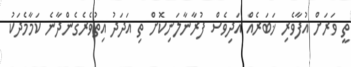
ތީ ވަރަށް އުފާވެރި ޚަބަރެއް އަދިވެސް ފުރާނާލަނިކޮށް ތި އަދަދު އިތުވެރެގެންދާނެ ކަމާމެދަކު